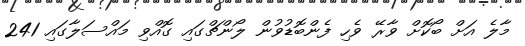
މާލެ އަށް ބޯކޮށް ވާރޭ ވެހި ފެންބޮޑުވުން ލޯންޗްގައި ގޮއްވި މައްސަލާގައި 241